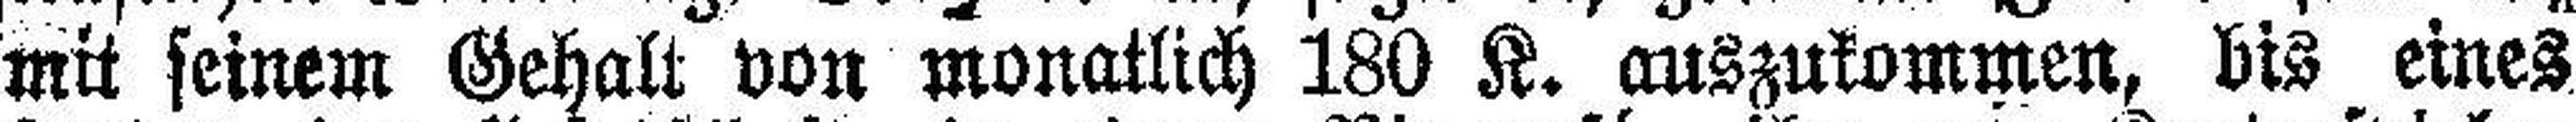
mit seinem Gehalt von monatlich 180 K. auszukommen, bis eines